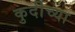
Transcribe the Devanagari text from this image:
कुर्दीच्या